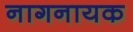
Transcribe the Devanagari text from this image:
नागनायक